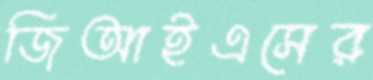
জিআইএসের